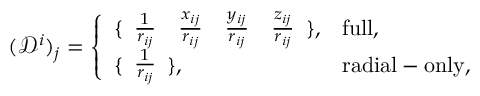
( \mathcal { D } ^ { i } ) _ { j } = \left\{ \begin{array} { l l } { \{ \begin{array} { c c c c } { \frac { 1 } { r _ { i j } } } & { \frac { x _ { i j } } { r _ { i j } } } & { \frac { y _ { i j } } { r _ { i j } } } & { \frac { z _ { i j } } { r _ { i j } } } \end{array} \} , } & { \mathrm { f u l l } , } \\ { \{ \begin{array} { c } { \frac { 1 } { r _ { i j } } } \end{array} \} , } & { \mathrm { r a d i a l - o n l y } , } \end{array} \right.